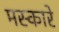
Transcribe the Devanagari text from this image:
मस्कारे